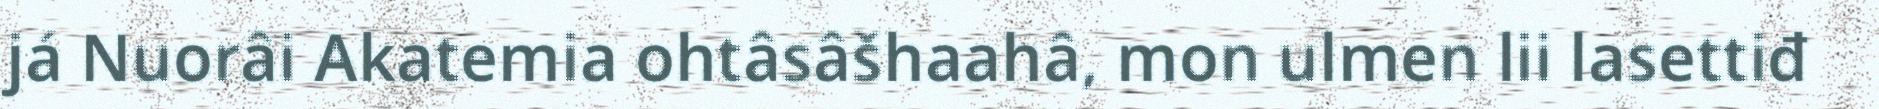
já Nuorâi Akatemia ohtâsâšhaahâ, mon ulmen lii lasettiđ